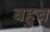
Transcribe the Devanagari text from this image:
बहुच